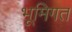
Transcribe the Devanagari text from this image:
भूमिगत